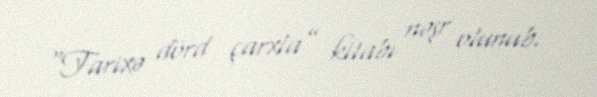
“Tarixə dörd çarxla” kitabı nəşr olunub.